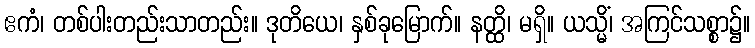
ဧကံ၊ တစ်ပါးတည်းသာတည်း။ ဒုတိယေ၊ နှစ်ခုမြောက်။ နတ္ထိ၊ မရှိ။ ယသ္မိံ၊ အကြင်သစ္စာ၌။